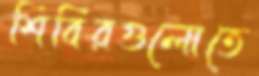
শিবিরগুলোতে